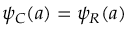
\psi _ { C } ( a ) = \psi _ { R } ( a )